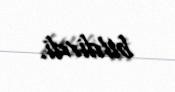
bildirdi.